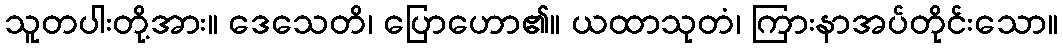
သူတပါးတို့အား။ ဒေသေတိ၊ ပြောဟော၏။ ယထာသုတံ၊ ကြားနာအပ်တိုင်းသော။